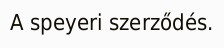
A speyeri szerződés.